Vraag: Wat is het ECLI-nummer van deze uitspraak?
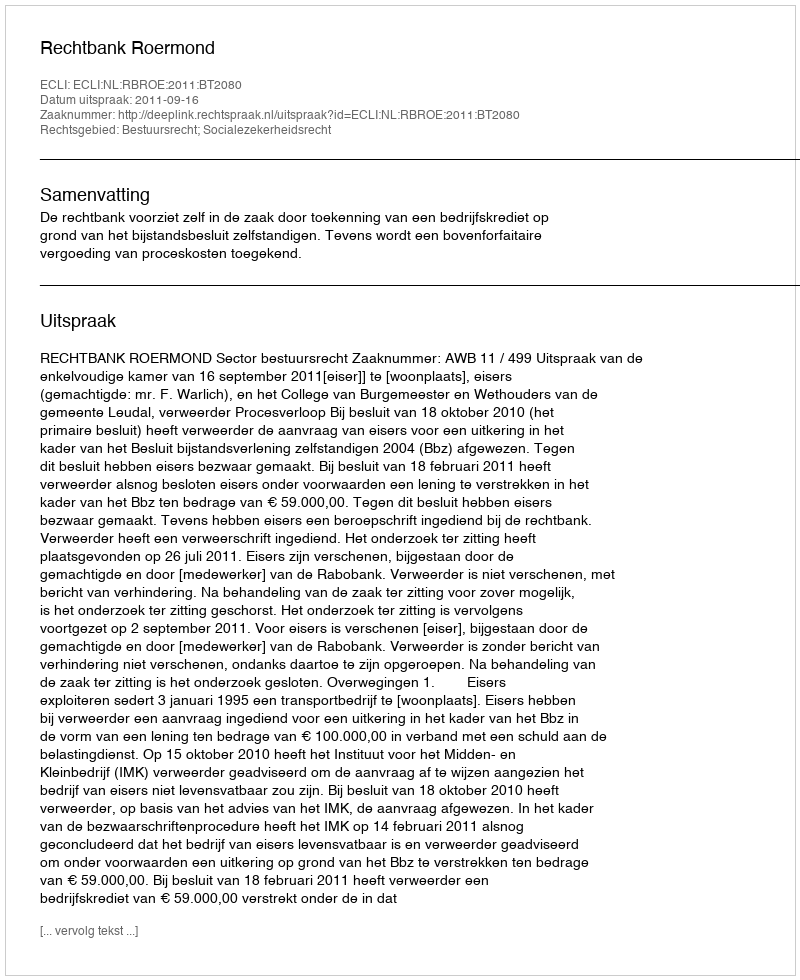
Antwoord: ECLI:NL:RBROE:2011:BT2080